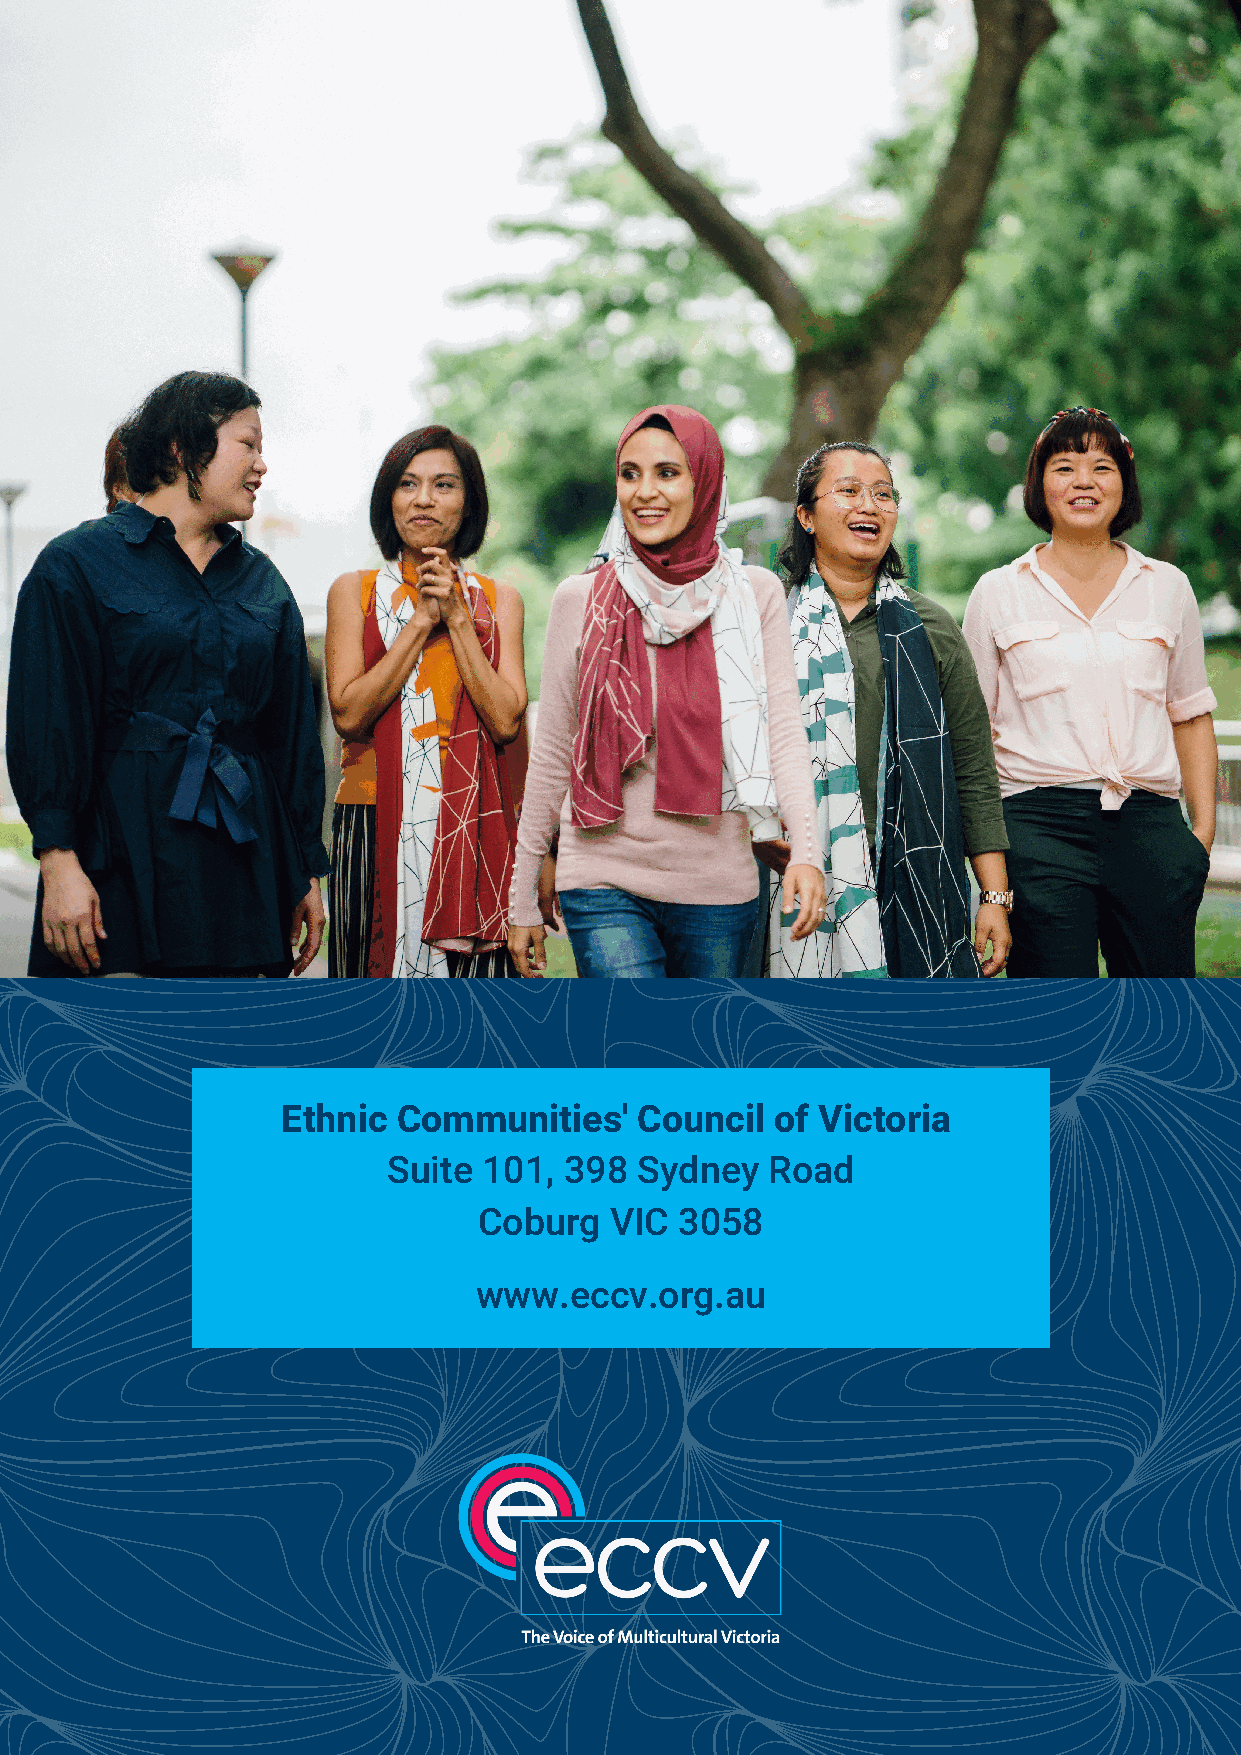
Ethnic Communities'    Council  of Victoria
 Suite 101, 398  Sydney   Road
 Coburg  VIC  3058
 www.eccv.org.au